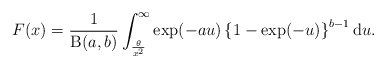
\begin{align*}F(x) = \frac{1}{\operatorname{B}(a,b)}\int^{\infty}_{\frac{\theta}{x^2}}\exp(-au)\left\{ 1-\exp(-u) \right\}^{b-1}\mathrm{d}u.\end{align*}